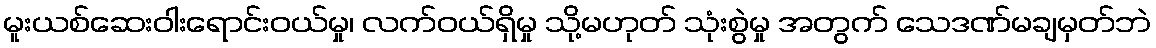
မူးယစ်ဆေးဝါးရောင်းဝယ်မှု၊ လက်ဝယ်ရှိမှု သို့မဟုတ် သုံးစွဲမှု အတွက် သေဒဏ်မချမှတ်ဘဲ